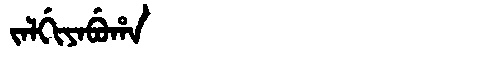
Manchu: ᠵᠠᠯᡤᡳᠶᠠᠪᡠᡥᠠ
Romanization: JALGIYABUHA